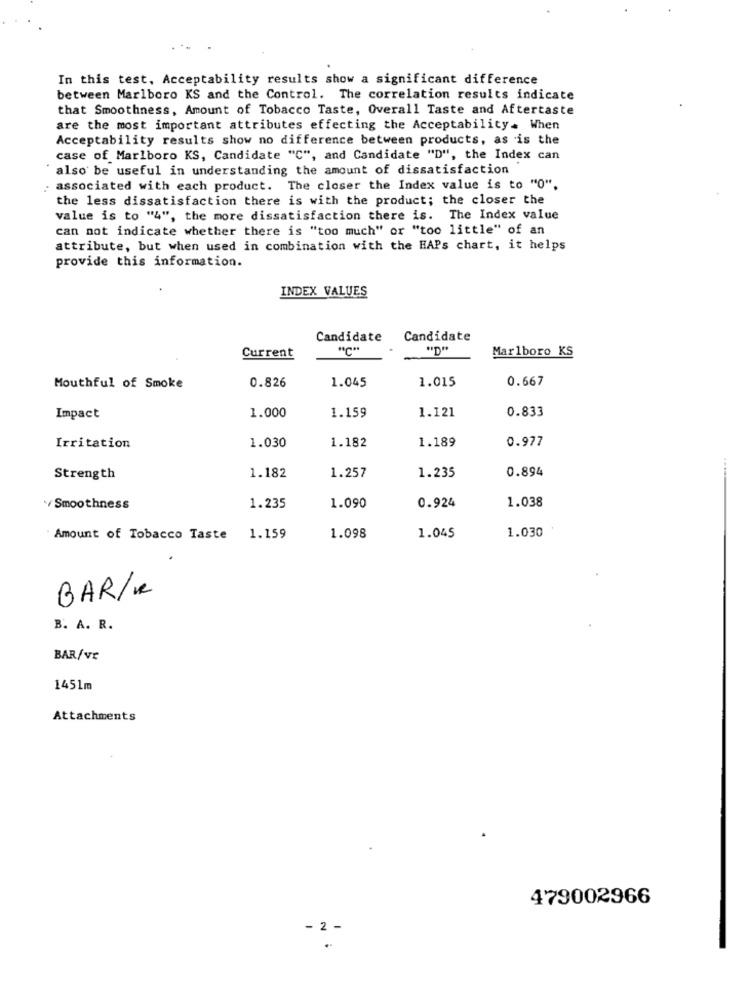
In this test, Acceptability results show a significant difference
between Marlboro KS and the Control. The correlation results indicate
that Smoothness, Amount of Tobacco Taste, Overall Taste and Aftertaste
are the most important attributes effecting the Acceptability. When
Acceptability results show no difference between products, as is the
case of Marlboro KS, Candidate "C", and Candidate "D", the Index can
also be useful in understanding the amount of dissatisfaction
: associated with each product. The closer the Index value is to "0".
the less dissatisfaction there is with the product; the closer the
value is to "4", the more dissatisfaction there is. The Index value
can not indicate whether there is "too much" or "too little" of an
attribute, but when used in combination with the HAPs chart, it helps
provide this information.
INDEX VALUES
Candidate
Candidate
"C"
"D'
Marlboro KS
Current
1.015
0.667
Mouthful of Smoke
0.826
1.045
0.833
Impact
1.000
1.159
1.121
1.030
1.189
0.977
Irritation
1.182
0.894
Strength
1.182
1.257
1.235
1.038
/Smoothness
1.235
1.090
0.924
1.045
Amount of Tobacco Taste 1.159
1.098
1.030
BAR/R
B. A. R.
BAR/VE
1451m
Attachments
479002966
- 2 -